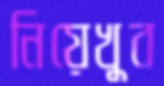
নিয়েখুব